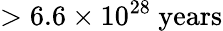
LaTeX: >6.6\times 10^{28}\ \mathrm{years}